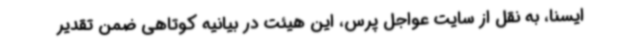
ایسنا، به نقل از سایت عواجل پرس، این هیئت در بیانیه کوتاهی ضمن تقدیر